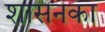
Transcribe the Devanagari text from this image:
शासनका